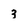
Character: 3